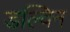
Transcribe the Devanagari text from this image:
डल्विन